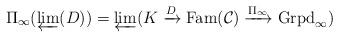
LaTeX: \begin{align*}\Pi_{\infty}(\varprojlim(D))=\varprojlim(K\xrightarrow{D}\mathrm{Fam}(\mathcal{C})\xrightarrow{\Pi_{\infty}}\mathrm{Grpd}_{\infty})\end{align*}